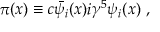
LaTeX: \pi ( x ) \equiv c \bar { \psi } _ { i } ( x ) i \gamma ^ { 5 } \psi _ { i } ( x ) ~ ,